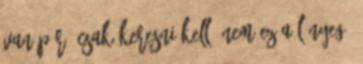
van pár, csak keresni kell. Nem ez a lényeg.